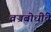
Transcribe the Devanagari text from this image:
वज्रबोधींचे